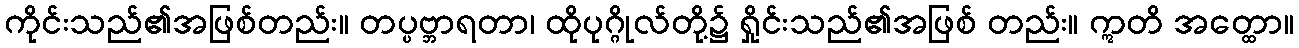
ကိုင်းသည်၏အဖြစ်တည်း။ တပ္ပဗ္ဘာရတာ၊ ထိုပုဂ္ဂိုလ်တို့၌ ရှိုင်းသည်၏အဖြစ် တည်း။ ဣတိ အတ္ထော။